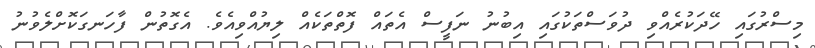
މިސްރުގައި ހޭދަކުރެއްވި ދުވަސްތަކުގައި އިބުނު ނަފީސް އެތައް ފޮތްތަކެއް ލިޔުއްވިއެވެ. އެގޮތުން ފާހަނގަކޮށްލެވުނު